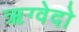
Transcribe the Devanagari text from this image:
ऋग्वेदो